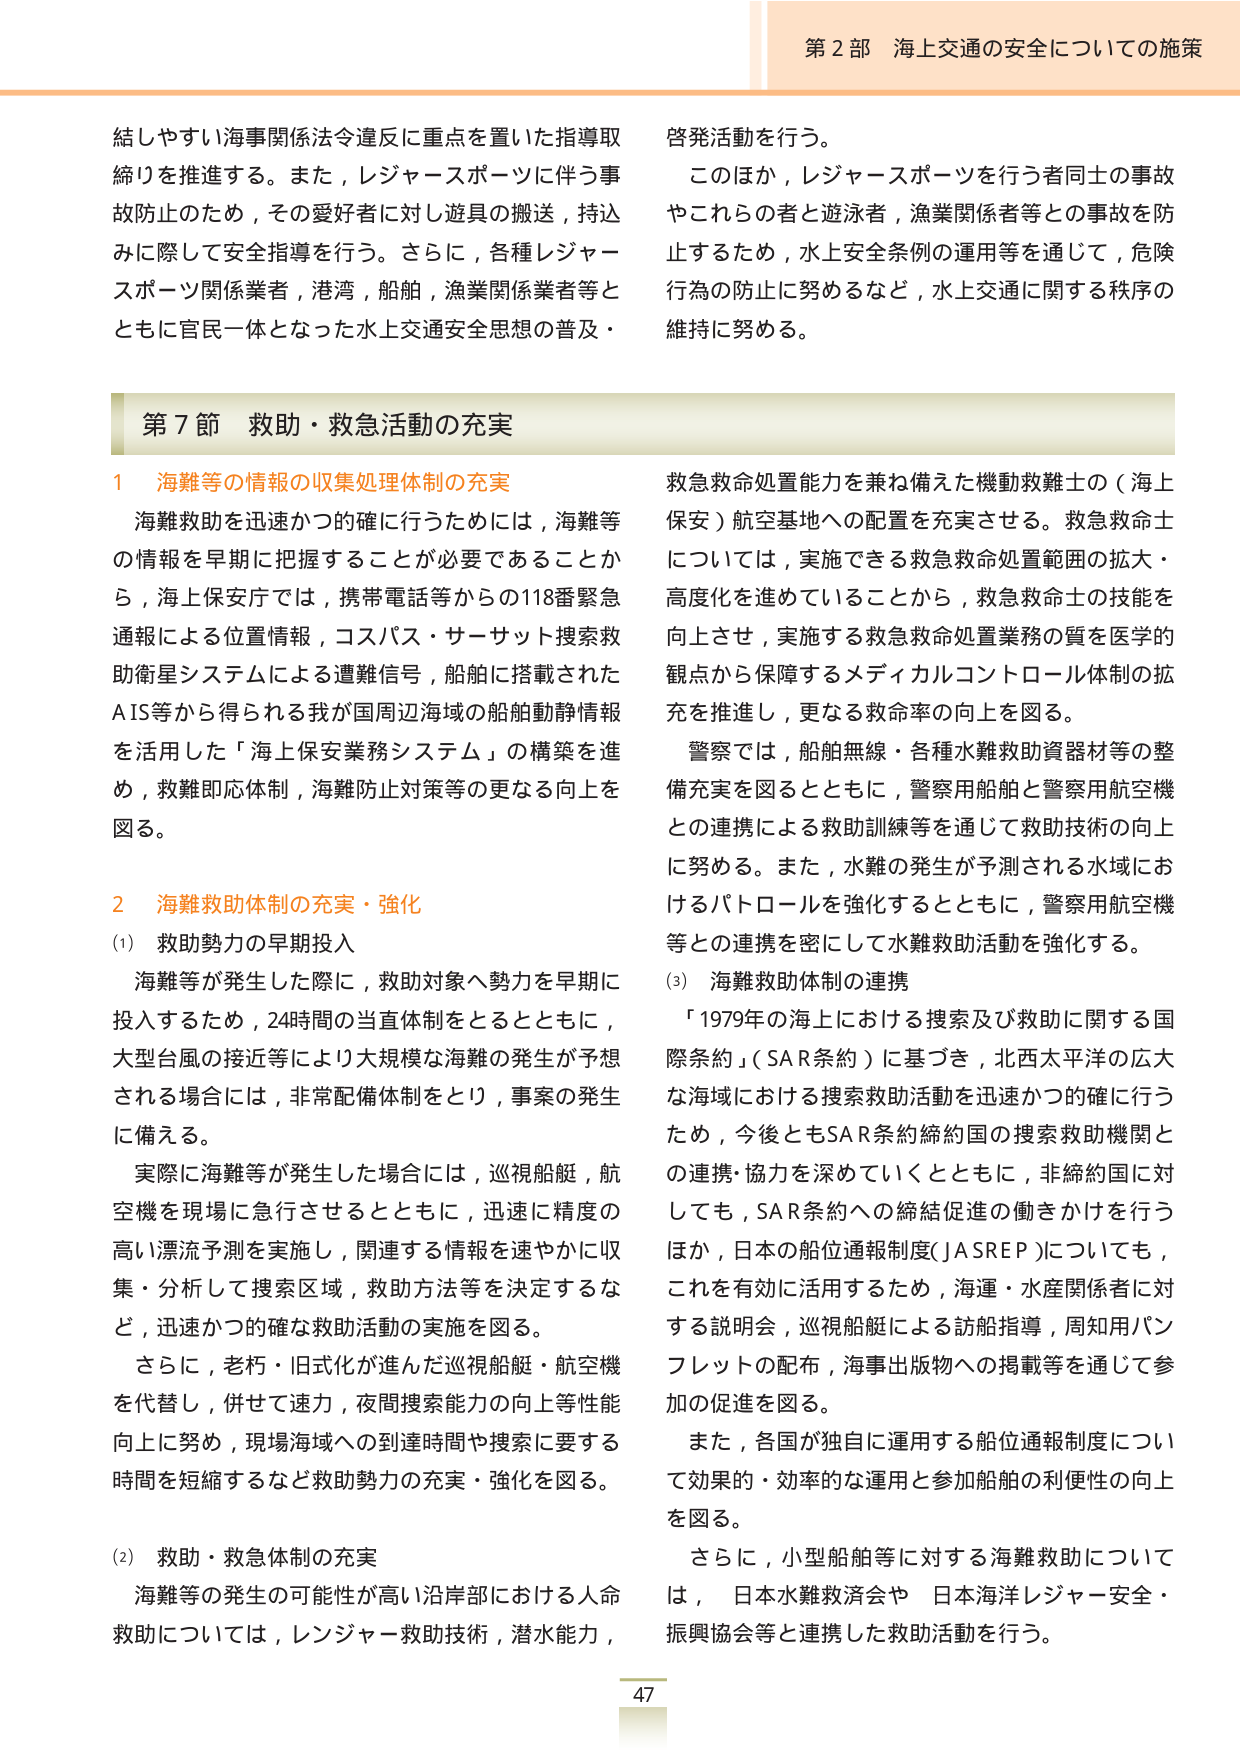
第2部 海上交通の安全についての施策

結しやすい海事関係法令違反に重点を置いた指導取締りを推進する。また，レジャースポーツに伴う事故防止のため，その愛好者に対し遊具の搬送，持込みに際して安全指導を行う。さらに，各種レジャースポーツ関係業者，港湾，船舶，漁業関係業者等とともに官民一体となった水上交通安全思想の普及・啓発活動を行う。

このほか，レジャースポーツを行う者同士の事故やこれらの者と遊泳者，漁業関係者等との事故を防止するため，水上安全条例の運用等を通じて，危険行為の防止に努めるなど，水上交通に関する秩序の維持に努める。

第7節 救助・救急活動の充実

1 海難等の情報の収集処理体制の充実

海難救助を迅速かつ的確に行うためには，海難等の情報を早期に把握することが必要であることから，海上保安庁では，携帯電話等からの118番緊急通報による位置情報，コスパス・サーサット捜索救助衛星システムによる遭難信号，船舶に搭載されたAIS等から得られる我が国周辺海域の船舶動静情報を活用した「海上保安業務システム」の構築を進め，救難即応体制，海難防止対策等の更なる向上を図る。

2 海難救助体制の充実・強化

(1) 救助勢力の早期投入

海難等が発生した際に，救助対象へ勢力を早期に投入するため，24時間の当直体制をとるとともに，大型台風の接近等により大規模な海難の発生が予想される場合には，非常配備体制をとり，事案の発生に備える。

実際に海難等が発生した場合には，巡視船艇，航空機を現場に急行させるとともに，迅速に精度の高い漂流予測を実施し，関連する情報を速やかに収集・分析して捜索区域，救助方法等を決定するなど，迅速かつ的確な救助活動の実施を図る。

さらに，老朽・旧式化が進んだ巡視船艇・航空機を代替し，併せて速力，夜間捜索能力の向上等性能向上に努め，現場海域への到達時間や捜索に要する時間を短縮するなど救助勢力の充実・強化を図る。

(2) 救助・救急体制の充実

海難等の発生の可能性が高い沿岸部における人命救助については，レンジャー救助技術，潜水能力，救急救命処置能力を兼ね備えた機動救難士の（海上保安）航空基地への配置を充実させる。救急救命士については，実施できる救急救命処置範囲の拡大・高度化を進めていることから，救急救命士の技能を向上させ，実施する救急救命処置業務の質を医学的観点から保障するメディカルコントロール体制の拡充を推進し，更なる救命率の向上を図る。

警察では，船舶無線・各種水難救助資器材等の整備充実を図るとともに，警察用船舶と警察用航空機との連携による救助訓練等を通じて救助技術の向上に努める。また，水難の発生が予測される水域におけるパトロールを強化するとともに，警察用航空機等との連携を密にして水難救助活動を強化する。

(3) 海難救助体制の連携

「1979年の海上における捜索及び救助に関する国際条約」（SAR条約）に基づき，北西太平洋の広大な海域における捜索救助活動を迅速かつ的確に行うため，今後ともSAR条約締約国の捜索救助機関との連携・協力を深めていくとともに，非締約国に対しても，SAR条約への締結促進の働きかけを行うほか，日本の船位通報制度（JASREP）についても，これを有効に活用するため，海運・水産関係者に対する説明会，巡視船艇による訪船指導，周知用パンフレットの配布，海事出版物への掲載等を通じて参加の促進を図る。

また，各国が独自に運用する船位通報制度について効果的・効率的な運用と参加船舶の利便性の向上を図る。

さらに，小型船舶等に対する海難救助については，日本水難救済会や日本海洋レジャー安全・振興協会等と連携した救助活動を行う。

47